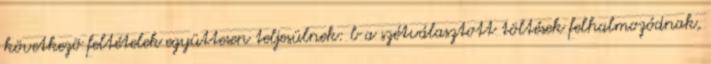
következõ feltételek együttesen teljesülnek: b a szétválasztott töltések felhalmozódnak,